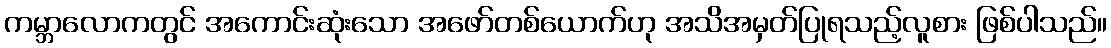
ကမ္ဘာလောကတွင် အကောင်းဆုံးသော အဖော်တစ်ယောက်ဟု အသိအမှတ်ပြုရသည့်လူစား ဖြစ်ပါသည်။